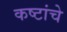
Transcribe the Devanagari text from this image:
कष्टांचे